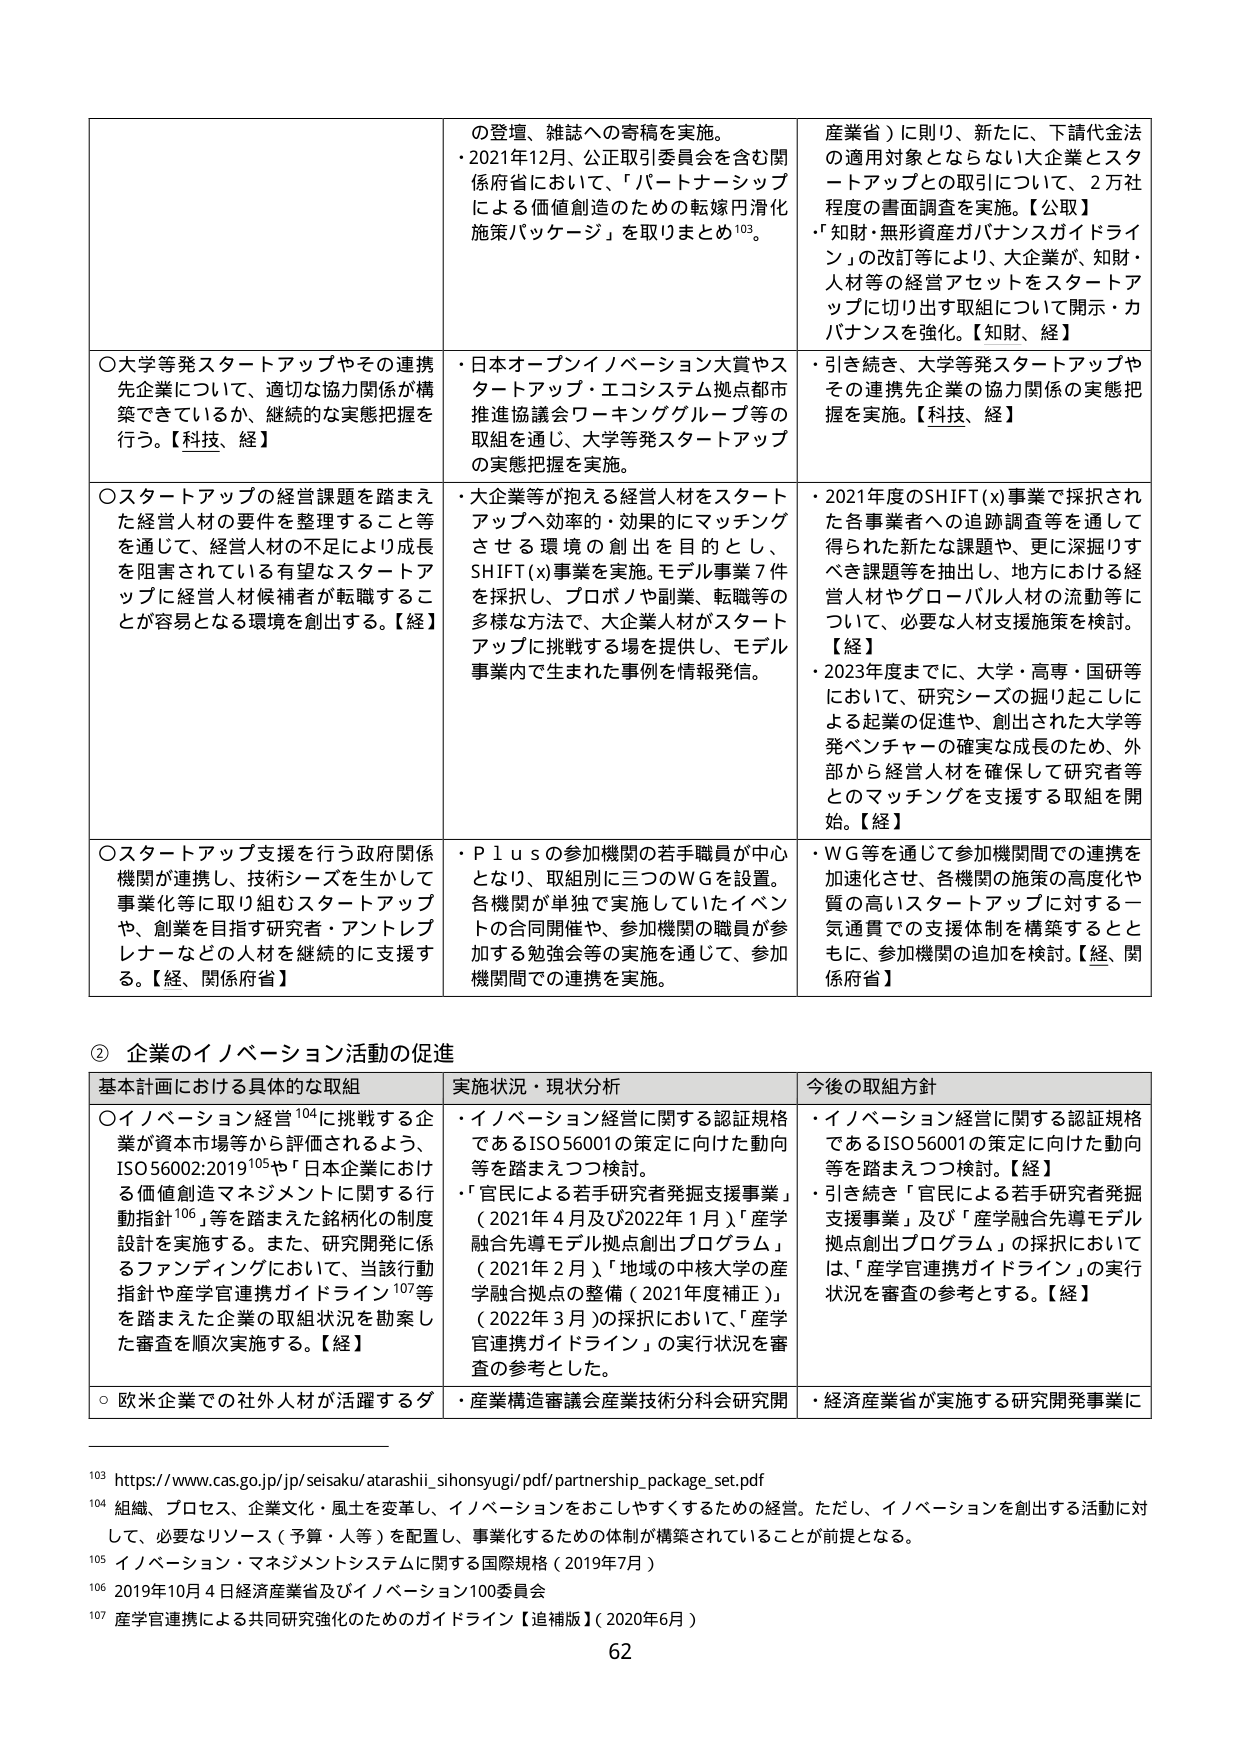
の登壇、雑誌への寄稿を実施。
・2021年12月、公正取引委員会を含む関係府省において、「パートナーシップによる価値創造のための転嫁円消化施策パッケージ」を取りまとめ¹⁰³。

産業省）に則り、新たに、下請代金法の適用対象とならない大企業とスタートアップとの取引について、2万社程度の書面調査を実施。【公取】
・「知財・無形資産ガバナンスガイドライン」の改訂等により、大企業が、知財・人材等の経営アセットをスタートアップに切り出す取組について開示・ガバナンスを強化。【知財、経】

〇大学等発スタートアップやその連携先企業について、適切な協力関係が構築できているか、継続的な実態把握を行う。【科技、経】

・日本オープンイノベーション大賞やスタートアップ・エコシステム拠点都市推進協議会ワーキンググループ等の取組を通じ、大学等発スタートアップの実態把握を実施。

・引き続き、大学等発スタートアップやその連携先企業の協力関係の実態把握を実施。【科技、経】

〇スタートアップの経営課題を踏まえた経営人材の要件を整理すること等を通じて、経営人材の不足により成長を阻害されている有望なスタートアップに経営人材候補者が転職することが容易となる環境を創出する。【経】

・大企業等が抱える経営人材をスタートアップへ効率的・効果的にマッチングさせる環境の創出を目的とし、SHIFT(x)事業を実施。モデル事業7件を採択し、プロボノや副業、転職等の多様な方法で、大企業人材がスタートアップに挑戦する場を提供し、モデル事業内で生まれた事例を情報発信。

・2021年度のSHIFT(x)事業で採択された各事業者への追跡調査等を通して得られた新たな課題や、更に深掘りすべき課題等を抽出し、地方における経営人材やグローバル人材の流動等について、必要な人材支援施策を検討。【経】
・2023年度までに、大学・高専・国研等において、研究シーズの掘り起こしによる起業の促進や、創出された大学等発ベンチャーの確実な成長のため、外部から経営人材を確保して研究者等とのマッチングを支援する取組を開始。【経】

〇スタートアップ支援を行う政府関係機関が連携し、技術シーズを生かして事業化等に取り組むスタートアップや、創業を目指す研究者・アントレプレナーなどの人材を継続的に支援する。【経、関係府省】

・P l u sの参加機関の若手職員が中心となり、取組別に三つのWGを設置。各機関が単独で実施していたイベントの合同開催や、参加機関の職員が参加する勉強会等の実施を通じて、参加機関間での連携を実施。

・WG等を通じて参加機関間での連携を加速化させ、各機関の施策の高度化や質の高いスタートアップに対する一気通貫での支援体制を構築するとともに、参加機関の追加を検討。【経、関係府省】

② 企業のイノベーション活動の促進

基本計画における具体的な取組
〇イノベーション経営¹⁰⁴に挑戦する企業が資本市場等から評価されるよう、ISO56002:2019¹⁰⁵や「日本企業における価値創造マネジメントに関する行動指針¹⁰⁶」等を踏まえた銘柄化の制度設計を実施する。また、研究開発に係るファンディングにおいて、当該行動指針や産学官連携ガイドライン¹⁰⁷等を踏まえた企業の取組状況を勘案した審査を順次実施する。【経】
○欧米企業での社外人材が活躍するダ

実施状況・現状分析
・イノベーション経営に関する認証規格であるISO56001の策定に向けた動向等を踏まえつつ検討。
・「官民による若手研究者発掘支援事業」（2021年4月及び2022年1月）、「産学融合先導モデル拠点創出プログラム」（2021年2月）、「地域の中核大学の産学融合拠点の整備（2021年度補正）」（2022年3月）の採択において、「産学官連携ガイドライン」の実行状況を審査の参考とした。
・産業構造審議会産業技術分科会研究開

今後の取組方針
・イノベーション経営に関する認証規格であるISO56001の策定に向けた動向等を踏まえつつ検討。【経】
・引き続き「官民による若手研究者発掘支援事業」及び「産学融合先導モデル拠点創出プログラム」の採択においては、「産学官連携ガイドライン」の実行状況を審査の参考とする。【経】
・経済産業省が実施する研究開発事業に

¹⁰³ https://www.cas.go.jp/jp/seisaku/atarashii_sihonsyugi/pdf/partnership_package_set.pdf
¹⁰⁴ 組織、プロセス、企業文化・風土を変革し、イノベーションをおこしやすくするための経営。ただし、イノベーションを創出する活動に対して、必要なリソース（予算・人等）を配置し、事業化するための体制が構築されていることが前提となる。
¹⁰⁵ イノベーション・マネジメントシステムに関する国際規格（2019年7月）
¹⁰⁶ 2019年10月4日経済産業省及びイノベーション100委員会
¹⁰⁷ 産学官連携による共同研究強化のためのガイドライン【追補版】（2020年6月）

62